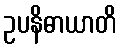
ဥပနိဓာယာတိ